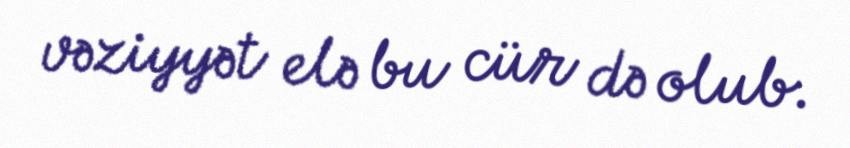
vəziyyət elə bu cür də olub.